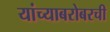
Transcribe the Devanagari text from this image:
यांच्याबरोबरची